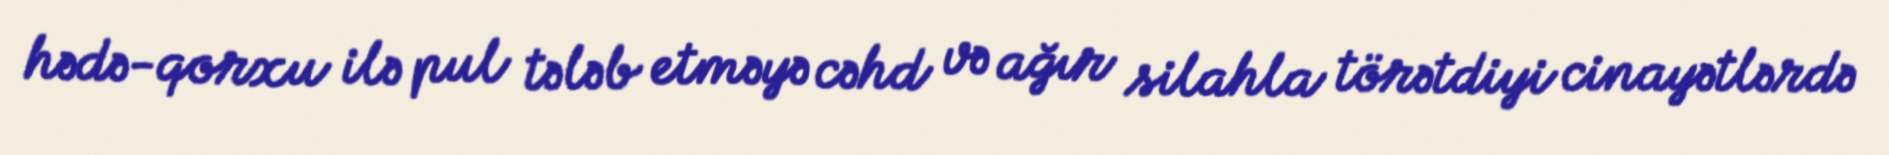
hədə-qorxu ilə pul tələb etməyə cəhd və ağır silahla törətdiyi cinayətlərdə